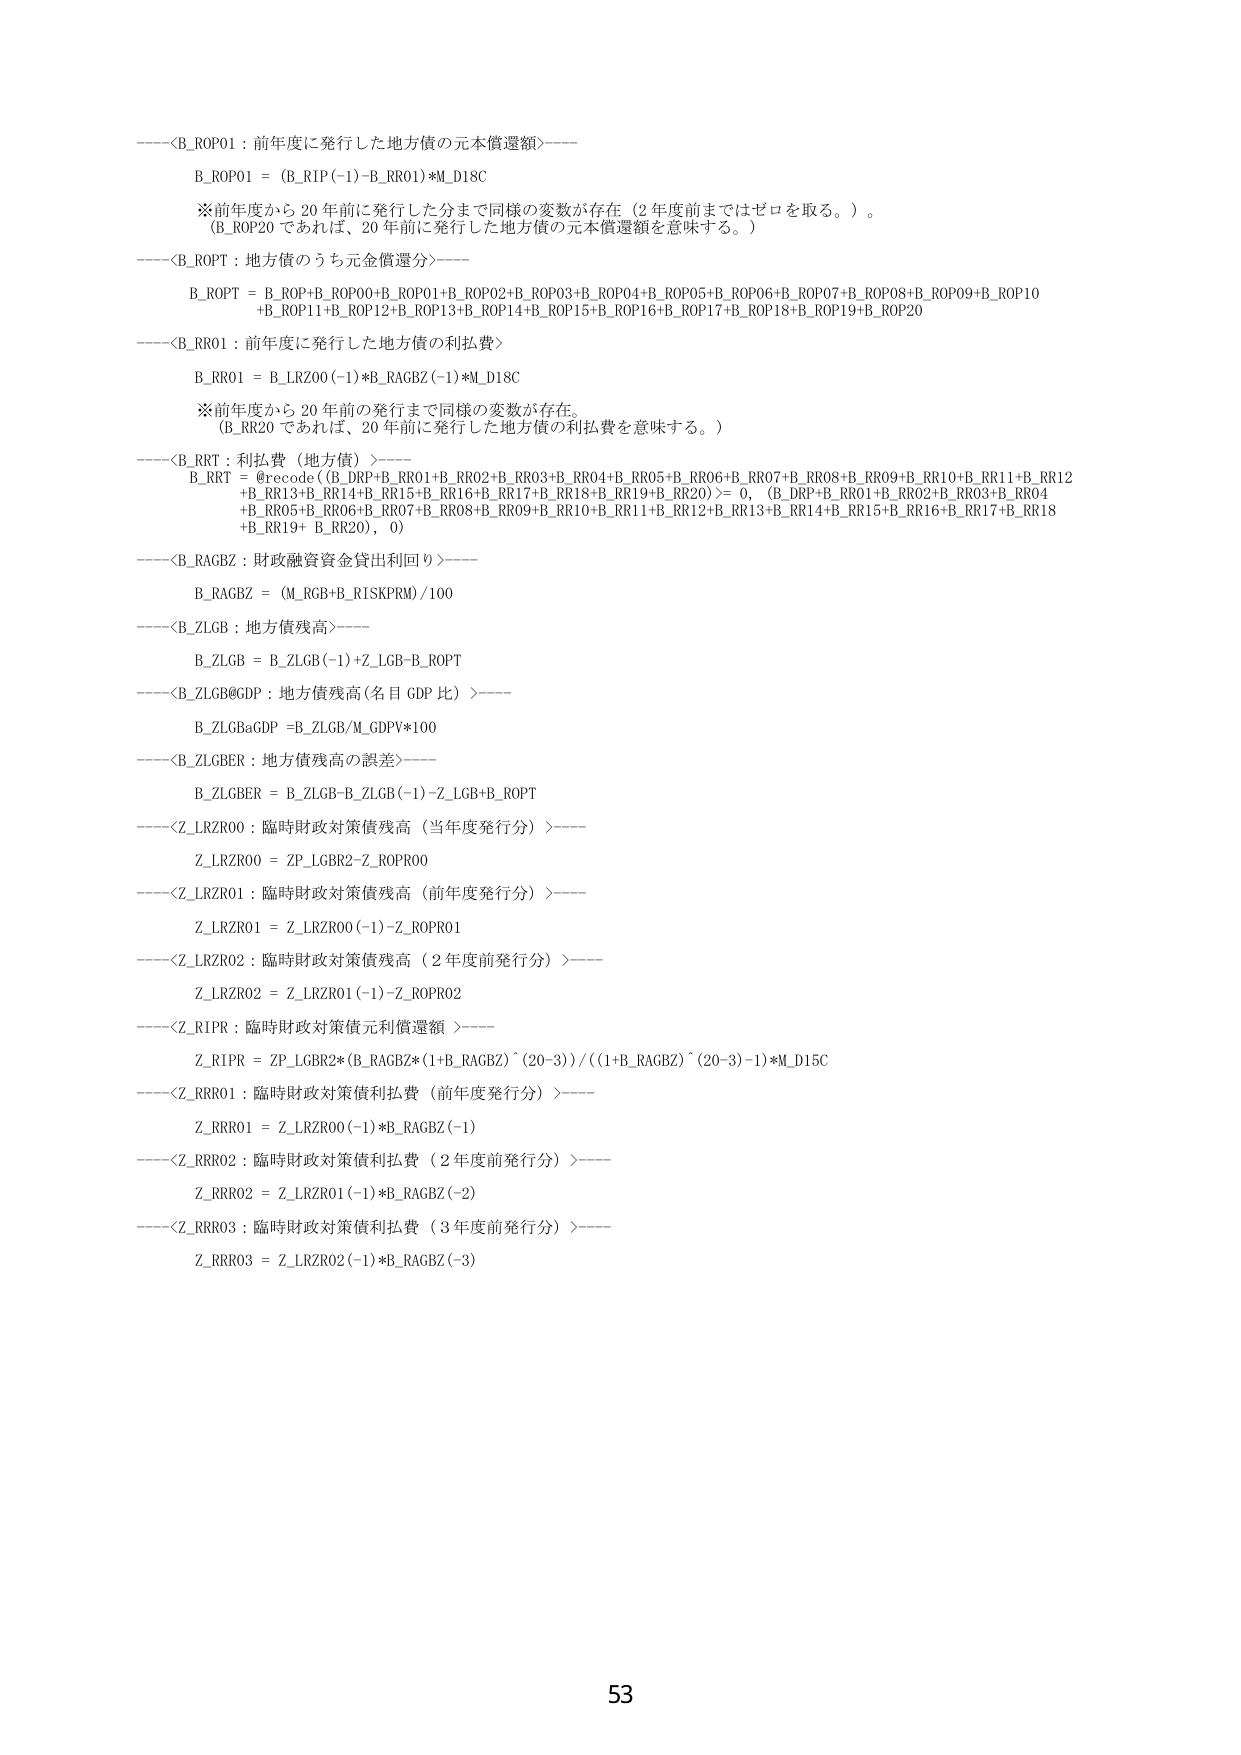
----<B_ROP01 : 前年度に発行した地方債の元本償還額>----
B_ROP01 = (B_RIP(-1)-B_RR01)*M_D18C
※前年度から20年前に発行した分まで同様の変数が存在（2年前まではゼロを取る。）。
（B_ROP20であれば、20年前に発行した地方債の元本償還額を意味する。）

----<B_ROPT : 地方債のうち元金償還分>----
B_ROPT = B_ROP+B_ROP00+B_ROP01+B_ROP02+B_ROP03+B_ROP04+B_ROP05+B_ROP06+B_ROP07+B_ROP08+B_ROP09+B_ROP10
+B_ROP11+B_ROP12+B_ROP13+B_ROP14+B_ROP15+B_ROP16+B_ROP17+B_ROP18+B_ROP19+B_ROP20

----<B_RR01 : 前年度に発行した地方債の利払費>----
B_RR01 = B_LRZ00(-1)*B_RAGBZ(-1)*M_D18C
※前年度から20年前の発行まで同様の変数が存在。
（B_RR20であれば、20年前に発行した地方債の利払費を意味する。）

----<B_RRT : 利払費（地方債）>----
B_RRT = @recode((B_DRP+B_RR01+B_RR02+B_RR03+B_RR04+B_RR05+B_RR06+B_RR07+B_RR08+B_RR09+B_RR10+B_RR11+B_RR12
+B_RR13+B_RR14+B_RR15+B_RR16+B_RR17+B_RR18+B_RR19+B_RR20)>=0, (B_DRP+B_RR01+B_RR02+B_RR03+B_RR04
+B_RR05+B_RR06+B_RR07+B_RR08+B_RR09+B_RR10+B_RR11+B_RR12+B_RR13+B_RR14+B_RR15+B_RR16+B_RR17+B_RR18
+B_RR19+ B_RR20), 0)

----<B_RAGBZ : 財政融資資金貸出利回り>----
B_RAGBZ = (M_RGB+B_RISKPRM)/100

----<B_ZLGB : 地方債残高>----
B_ZLGB = B_ZLGB(-1)+Z_LGB-B_ROPT

----<B_ZLGB@GDP : 地方債残高(名目GDP比)>----
B_ZLGBaGDP =B_ZLGB/M_GDPV*100

----<B_ZLGBER : 地方債残高の誤差>----
B_ZLGBER = B_ZLGB-B_ZLGB(-1)-Z_LGB+B_ROPT

----<Z_LRZR00 : 臨時財政対策債残高（当年度発行分）>----
Z_LRZR00 = ZP_LGBR2-Z_ROPR00

----<Z_LRZR01 : 臨時財政対策債残高（前年度発行分）>----
Z_LRZR01 = Z_LRZR00(-1)-Z_ROPR01

----<Z_LRZR02 : 臨時財政対策債残高（2年度前発行分）>----
Z_LRZR02 = Z_LRZR01(-1)-Z_ROPR02

----<Z_RIPR : 臨時財政対策債元利償還額 >----
Z_RIPR = ZP_LGBR2*(B_RAGBZ*(1+B_RAGBZ)^(20-3))/((1+B_RAGBZ)^(20-3)-1)*M_D15C

----<Z_RRR01 : 臨時財政対策債利払費（前年度発行分）>----
Z_RRR01 = Z_LRZR00(-1)*B_RAGBZ(-1)

----<Z_RRR02 : 臨時財政対策債利払費（2年度前発行分）>----
Z_RRR02 = Z_LRZR01(-1)*B_RAGBZ(-2)

----<Z_RRR03 : 臨時財政対策債利払費（3年度前発行分）>----
Z_RRR03 = Z_LRZR02(-1)*B_RAGBZ(-3)

53